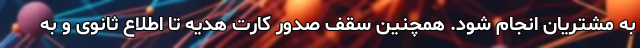
به مشتریان انجام شود. همچنین سقف صدور کارت هدیه تا اطلاع ثانوی و به